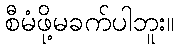
စီမံဖို့မခက်ပါဘူး။